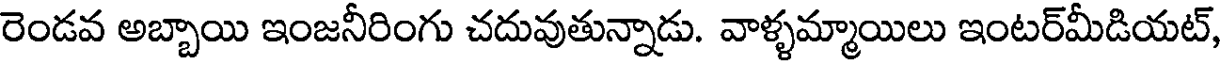
రెండవ అబ్బాయి ఇంజనీరింగు చదువుతున్నాడు. వాళ్ళమ్మాయిలు ఇంటర్మీడియట్,